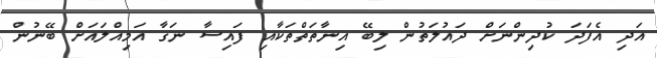
އަދި އެފަދަ ކުދިންނަށް ދައުލަތުން ލިބޭ އިނާތަތްތަކާއި ފައިސާ ނަގާ އަމިއްލައަށް ބޭނުން